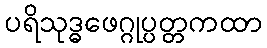
ပရိသုဒ္ဓဖေဂ္ဂုပ္ပတ္တကထာ